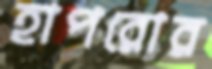
হাপরোর